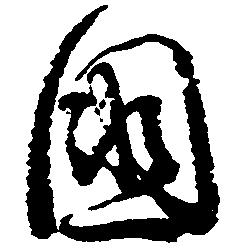
国